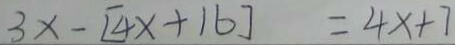
3 x - [ 4 x + 1 6 ] = 4 x + 7